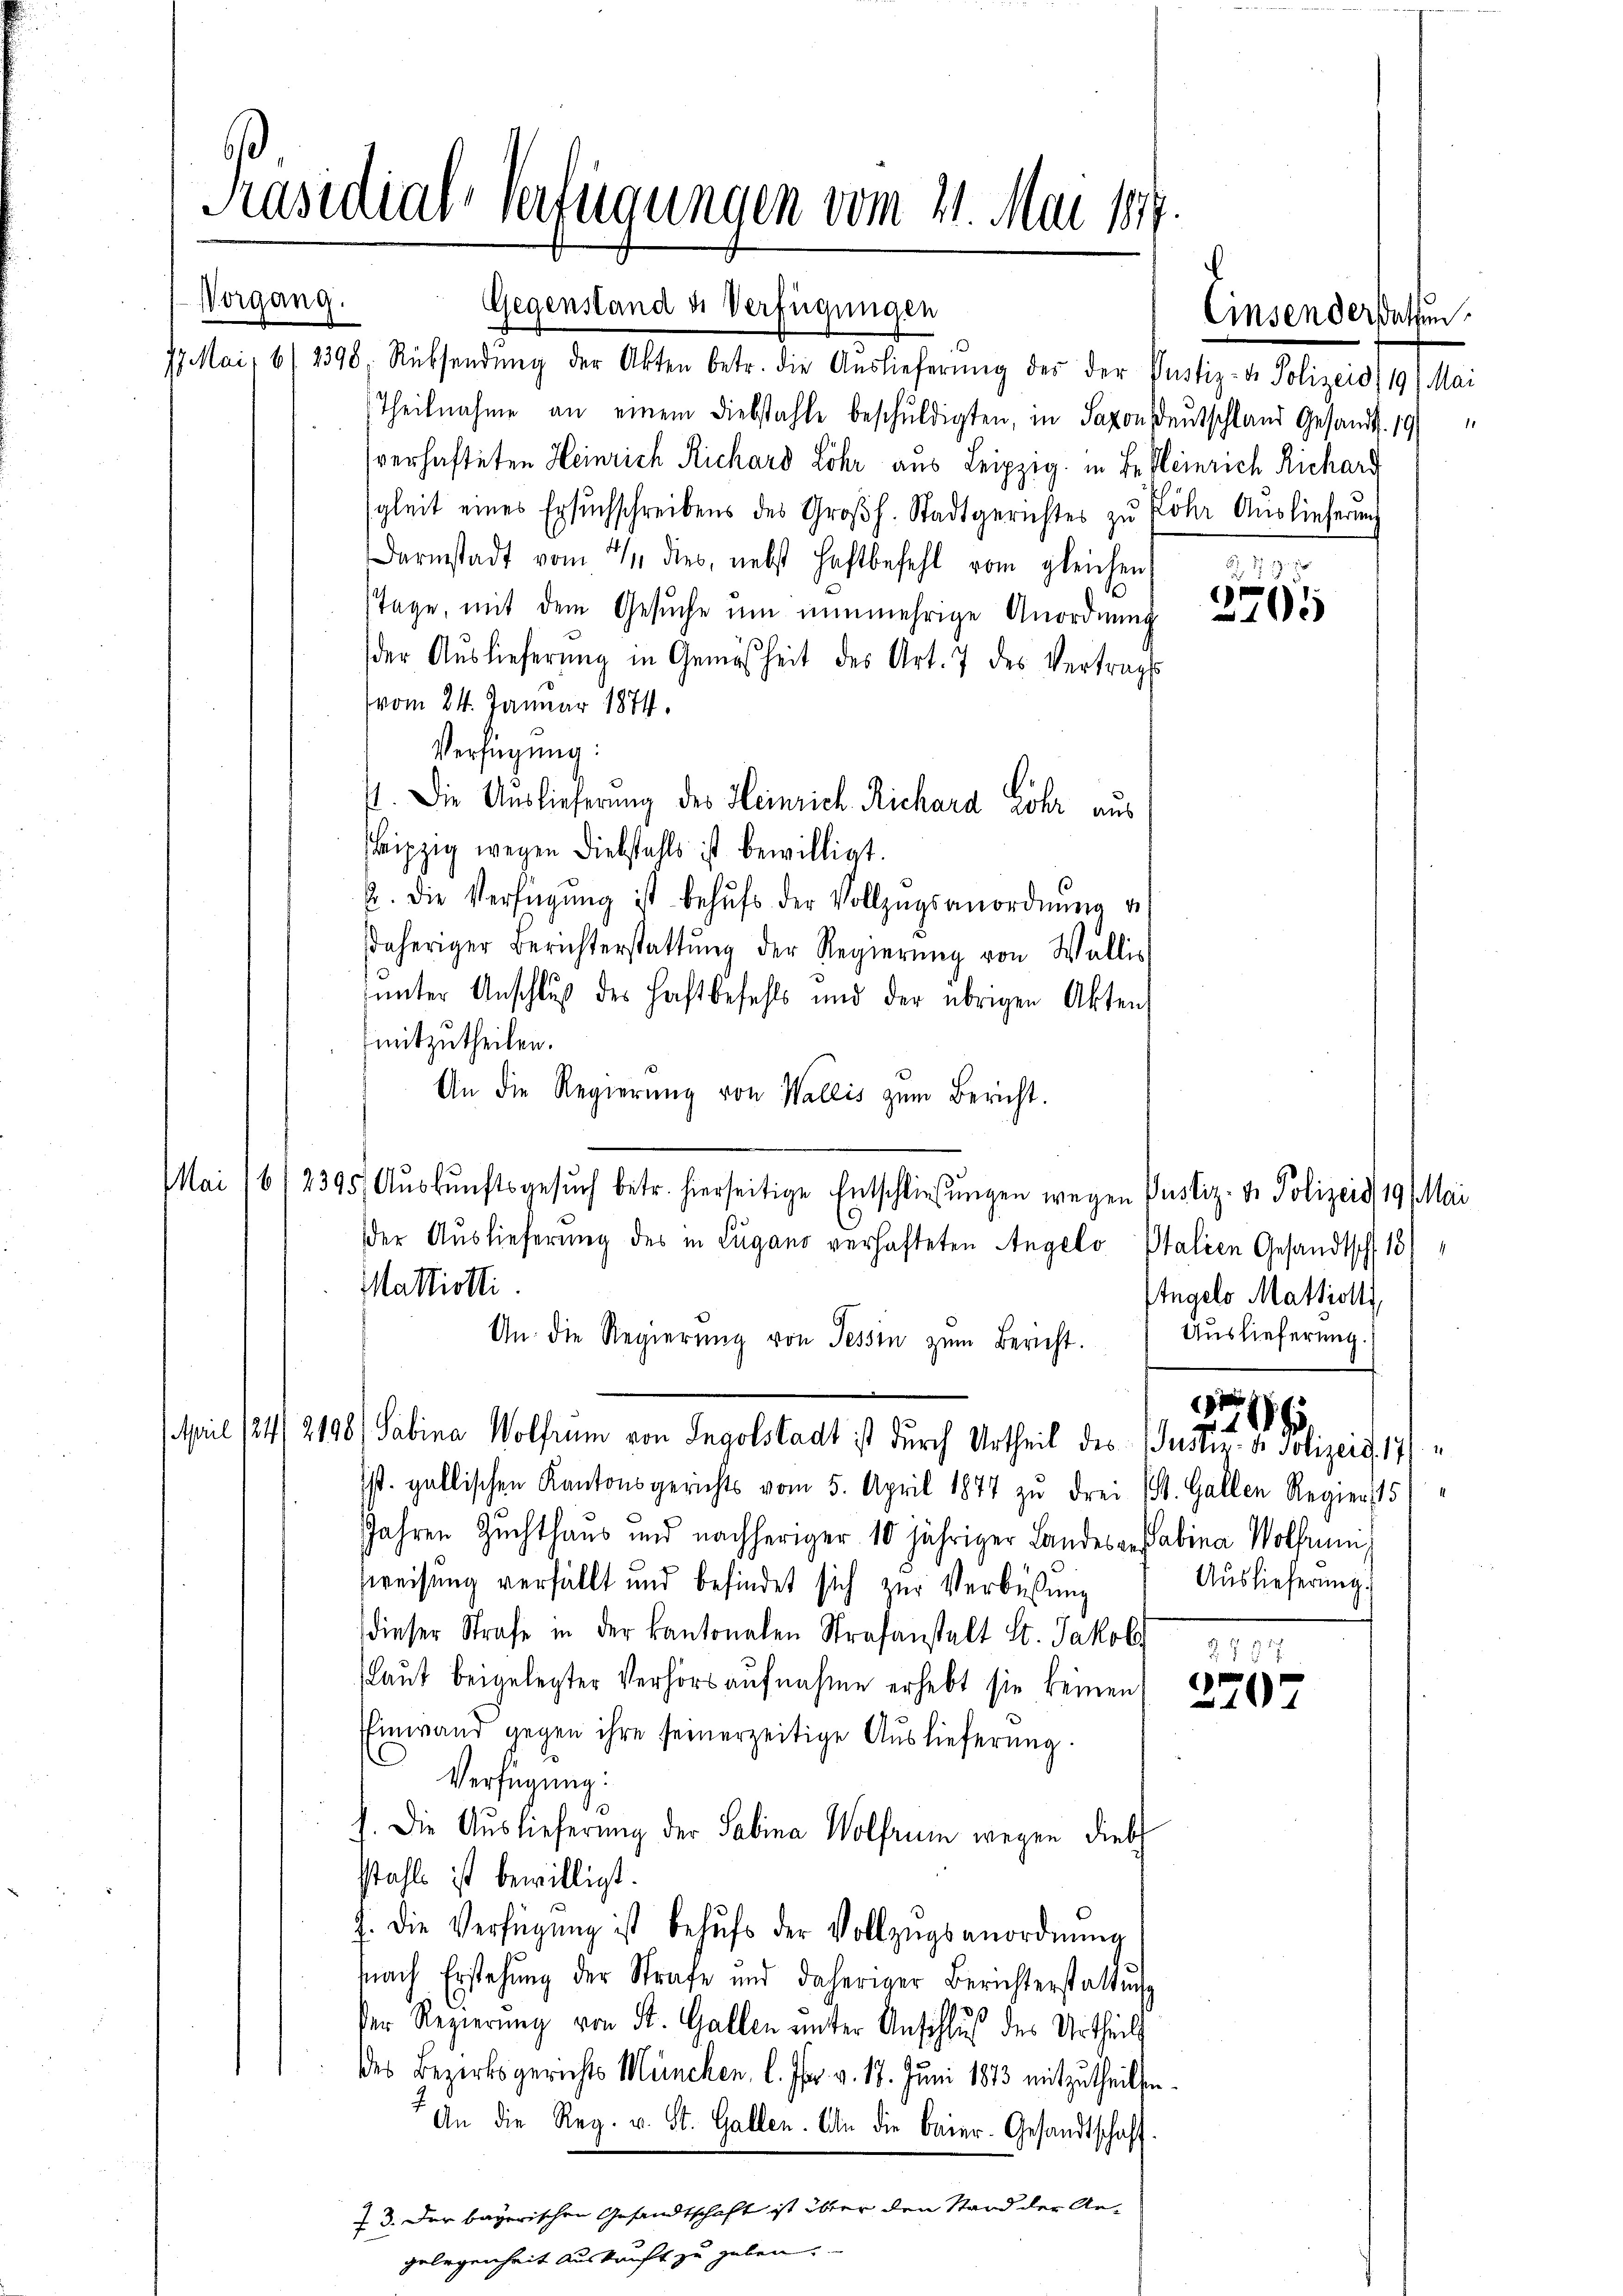
Präsidial-Verfügungen vom 11. Mai 187.

Gegenstand u. Verfügungen
7. Mai, 6/2398. Rücksendŭng der Akten betr. die Aŭslieferŭng des der
Theilnahme an einem Diebstahle beschuldigten, in Saxon
verhafteten Heinrich Richard Lohr aus Leipzig in Be
sgleit eines Ersuchschreibens des Großh. Stadtgerichtes zu
Darmstadt vom 4 dies, nebst Haftbefehl vom gleichen
Tage, mit dem Gesuche um nunmehrige Anordnung
der Auslieferung in Gemäsheit des Art. 7 des Vertrag
vom 24. Januar 1874.
Verfügung:
7. Die Auslieferung des Heinrich Richard Lohr aus
Leipzig wegen Diebstahls ist bewilligt.
u. die Verfügŭng ist behŭfs der Vollzŭgsanordnŭng v
daheriger Berichterstattŭng der Regierŭng von Wallis
unter Anschluß des Haftbefehls und der übrigen Akten
mitzutheilen.
An die Regierŭng von Wallis zŭm Bericht.
Mai 1612395/ Aŭskŭnftsgesŭch betr. hierseitige Entschließungen wegen Pustiz- & Polizeis 19 Mai
der Auslieferung des in Lugano verhafteten Angelo Italien Gesandtsch 18)
Mattiotti
An die Regierŭng von Tessin zŭm Bericht.
April 124/2198) Sabina Wolfrum von Ingolstadt ist durch Urtheil des Justiz- & Polizeid, 17/
Ist. gallischen Kantonsgerichts vom 5. April 1877 zu drei St. Gallen Regier, 15/
Jahren Zuchthaus und nachheriger 10 jähriger Landes ansabina Wolfnung
sweisung verfüllt und befindet sich zur Verbüßung
dieser Strafe in der kantonalen Strafanstalt St. Jakob
(laut beigelegter Verhörs aufnahme erhebt sie keinen
Einwand gegen ihre seinerzeitige Auslieferung.
Verfügung:
J. Die Auslieferung der Sabina Wolfrum wegen diebt
stahls ist bewilligt.
J. die Verfügŭng ist behŭfs der Vollzŭgsanordnŭng
Nach Erstehung der Strafe und daheriger Berichterstattŭng
der Regierung von St. Gallen unter Anschluß des Urtheils
des Bezirksgerichts München, l. Js. v. 17. Juni 1873 mitzutheilt.
An die Reg. v. St. Gallen. An die Baier-Gesandtschaft
73. Der bayerischen Gesandtschaft ist über den Stand der Angelegenheit Auskunft zu geben.

Vorgang.

Pustiz- & Polizeid) 19. Mai
Deutschland Gesandt. 19
Heinrich Richarg
Löhr Auslieferung

s

77. 19
2705

Engels Matriotti
Auslieferung.

Auslieferung.

Nr. 18

2.1857
2707

Einsendersetzen.